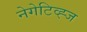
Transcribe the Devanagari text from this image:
नेगेटिव्ह्ज